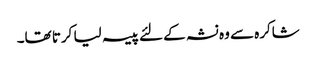
شاکرہ سے وہ نشہ کے لئے پیسہ لیا کرتا تھا۔